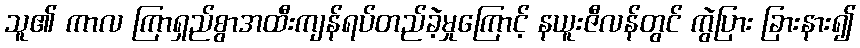
သူ၏ ကာလ ကြာရှည်စွာအထီးကျန်ရပ်တည်ခဲ့မှုကြောင့် နယူးဇီလန်တွင် ကွဲပြား ခြားနား၍